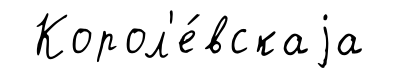
Корол'е́вскаjа